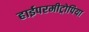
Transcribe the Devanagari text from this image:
हाईपरमीट्रोपिया